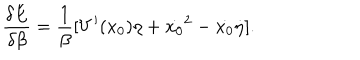
LaTeX: \frac { \delta E } { \delta \beta } = \frac { 1 } { \beta } [ V ^ { \prime } ( x _ { 0 } ) \eta + \dot { x _ { 0 } } ^ { 2 } - \dot { x _ { 0 } } \dot { \eta } ] .